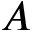
A